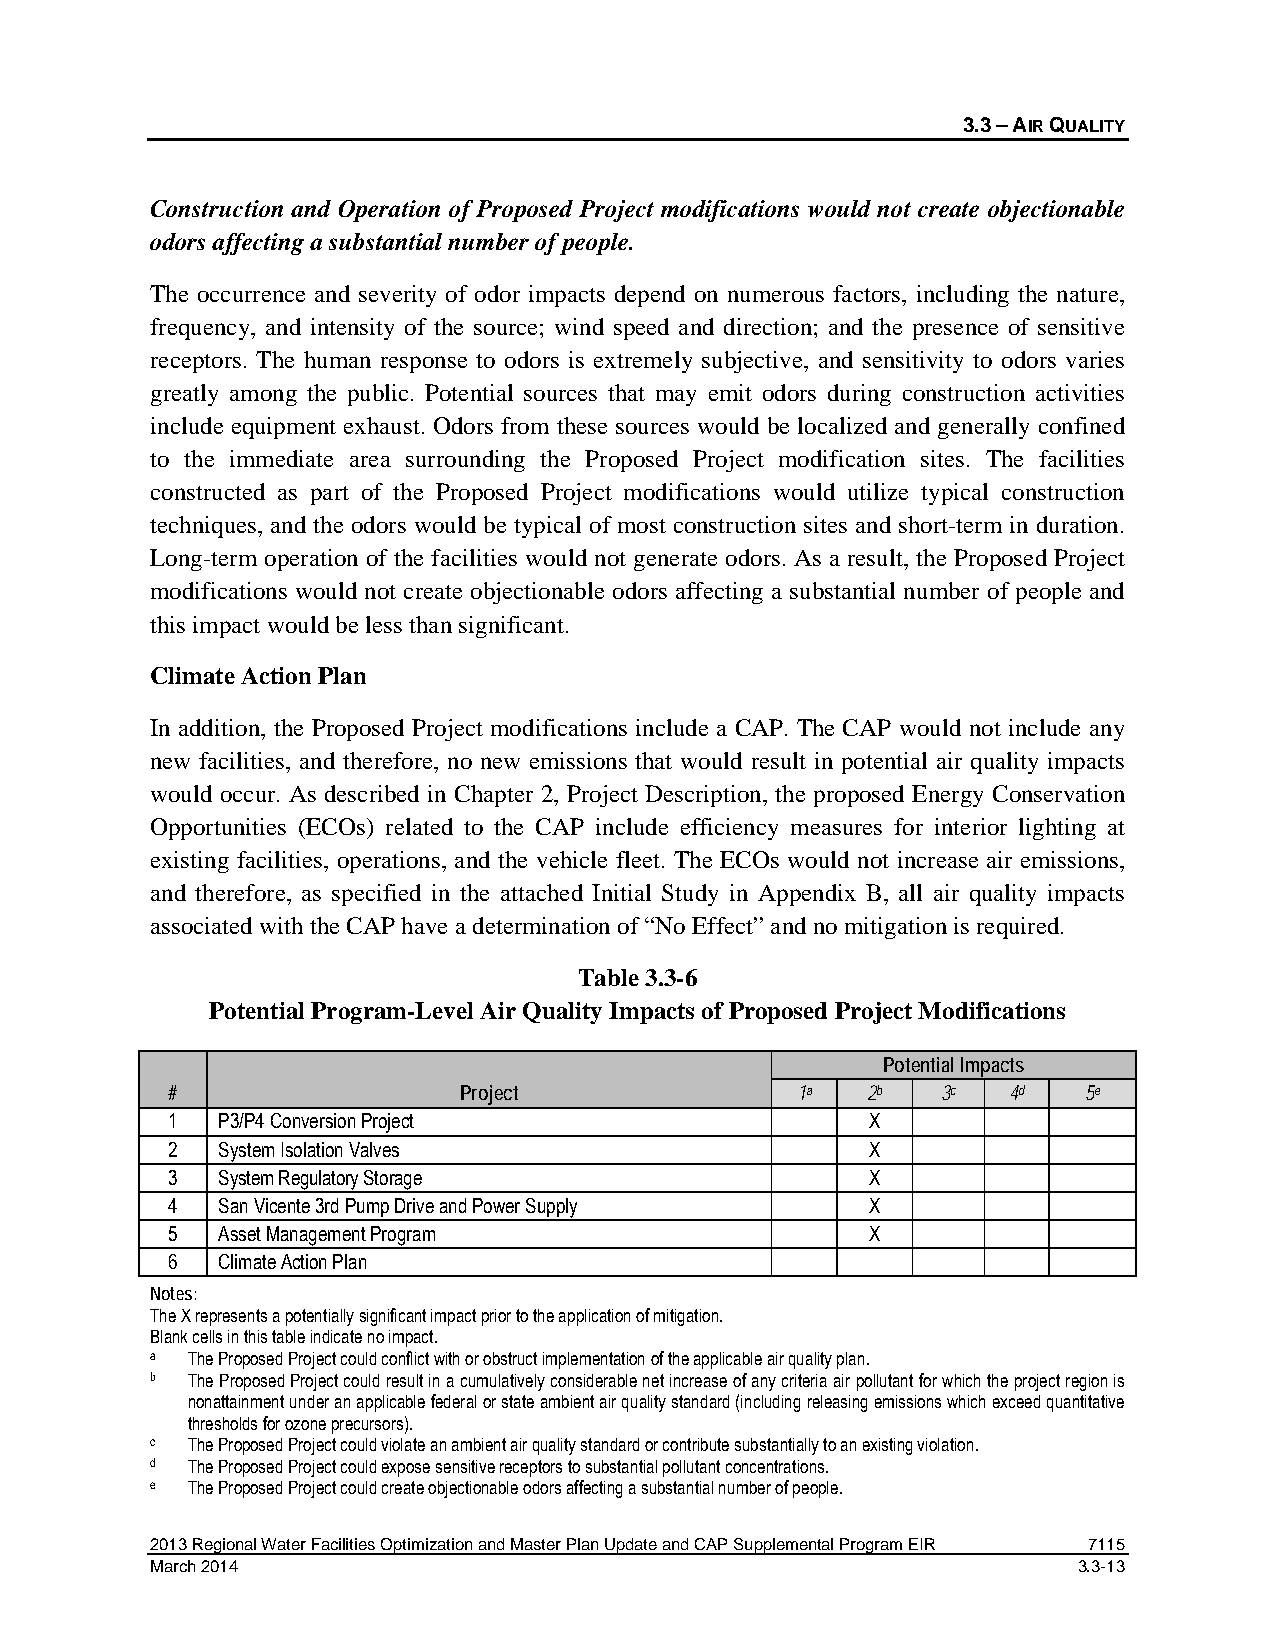
3.3 – AIR QUALITY
 Construction and Operation of Proposed Project modifications would not create objectionable
 odors affecting a substantial number of people.
 The occurrence and severity of odor impacts depend on numerous factors, including the nature,
 frequency, and intensity of the source; wind speed and direction; and the presence of sensitive
 receptors. The human response to odors is extremely subjective, and sensitivity to odors varies
 greatly among the public. Potential sources that may emit odors during construction activities
 include equipment exhaust. Odors from these sources would be localized and generally confined
 to the immediate area surrounding the Proposed Project modification sites. The facilities
 constructed as part of the Proposed Project modifications would utilize typical construction
 techniques, and the odors would be typical of most construction sites and short-term in duration.
 Long-term operation of the facilities would not generate odors. As a result, the Proposed Project
 modifications would not create objectionable odors affecting a substantial number of people and
 this impact would be less than significant.
 Climate Action Plan
 In addition, the Proposed Project modifications include a CAP. The CAP would not include any
 new facilities, and therefore, no new emissions that would result in potential air quality impacts
 would occur. As described in Chapter 2, Project Description, the proposed Energy Conservation
 Opportunities (ECOs) related to the CAP include efficiency measures for interior lighting at
 existing facilities, operations, and the vehicle fleet. The ECOs would not increase air emissions,
 and therefore, as specified in the attached Initial Study in Appendix B, all air quality impacts
 associated with the CAP have a determination of “No Effect” and no mitigation is required.
 Table 3.3-6
 Potential Program-Level Air Quality Impacts of Proposed Project Modifications
 Potential Impacts
 #                  Project                1a  2b   3c   4d   5e
 1  P3/P4 Conversion Project                    X
 2  System Isolation Valves                     X
 3  System Regulatory Storage                   X
 4  San Vicente 3rd Pump Drive and Power Supply X
 5  Asset Management Program                    X
 6  Climate Action Plan
 Notes:
 The X represents a potentially significant impact prior to the application of mitigation.
 Blank cells in this table indicate no impact.
 a The Proposed Project could conflict with or obstruct implementation of the applicable air quality plan.
 b The Proposed Project could result in a cumulatively considerable net increase of any criteria air pollutant for which the project region is
 nonattainment under an applicable federal or state ambient air quality standard (including releasing emissions which exceed quantitative
 thresholds for ozone precursors).
 c The Proposed Project could violate an ambient air quality standard or contribute substantially to an existing violation.
 d The Proposed Project could expose sensitive receptors to substantial pollutant concentrations.
 e The Proposed Project could create objectionable odors affecting a substantial number of people.
 2013 Regional Water Facilities Optimization and Master Plan Update and CAP Supplemental Program EIR 7115
 March 2014                                                   3.3-13